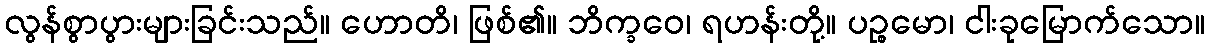
လွန်စွာပွားများခြင်းသည်။ ဟောတိ၊ ဖြစ်၏။ ဘိက္ခဝေ၊ ရဟန်းတို့။ ပဉ္စမော၊ ငါးခုမြောက်သော။